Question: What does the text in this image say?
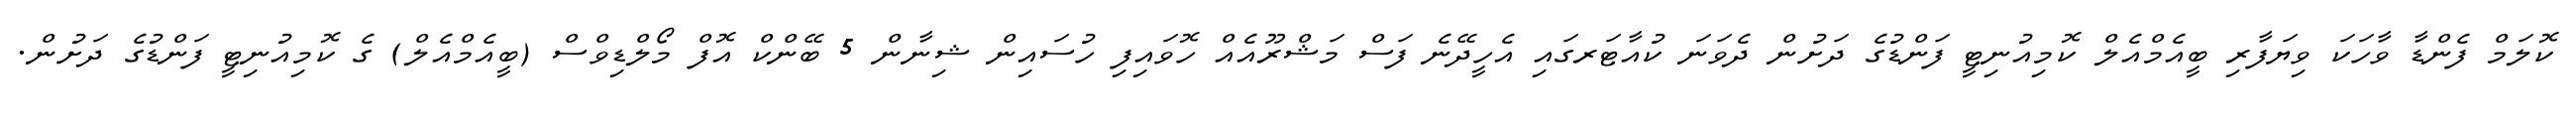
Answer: ކޮލަމް ފެންޑާ ވާހަކަ ވިޔަފާރި ބީއެމްއެލް ކޮމިއުނިޓީ ފަންޑުގެ ދަށުން ދެވަނަ ކުއާޓަރގައި އެހީދޭނެ ފަސް މަޝްރޫއެއް ހޮވައިފި ހުސައިން ޝިނާން 5 ބޭންކް އޮފް މޯލްޑިވްސް (ބީއެމްއެލް) ގެ ކޮމިއުނިޓީ ފަންޑުގެ ދަށުން.